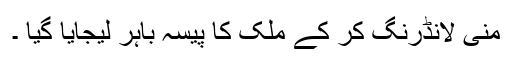
منی لانڈرنگ کر کے ملک کا پیسہ باہر لیجایا گیا ۔